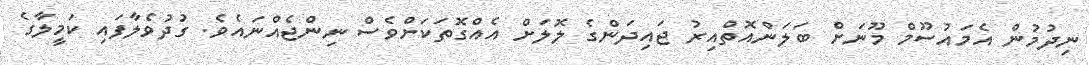
ނިދުމުން އެމައުސޫމް މޫނަށް ބަލަންއޮތްއިރު ޖައިދަންގެ ލޮލަށް އެއްގޮތަކަށްވެސް ނިންޖެއްނައެވެ. ގުދުވެލާފައި ކަމީލާގެ